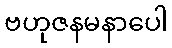
ဗဟုဇနမနာပေါ